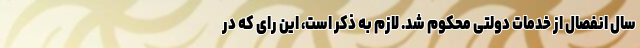
سال انفصال از خدمات دولتی محکوم شد. لازم به ذکر است، این رای که در